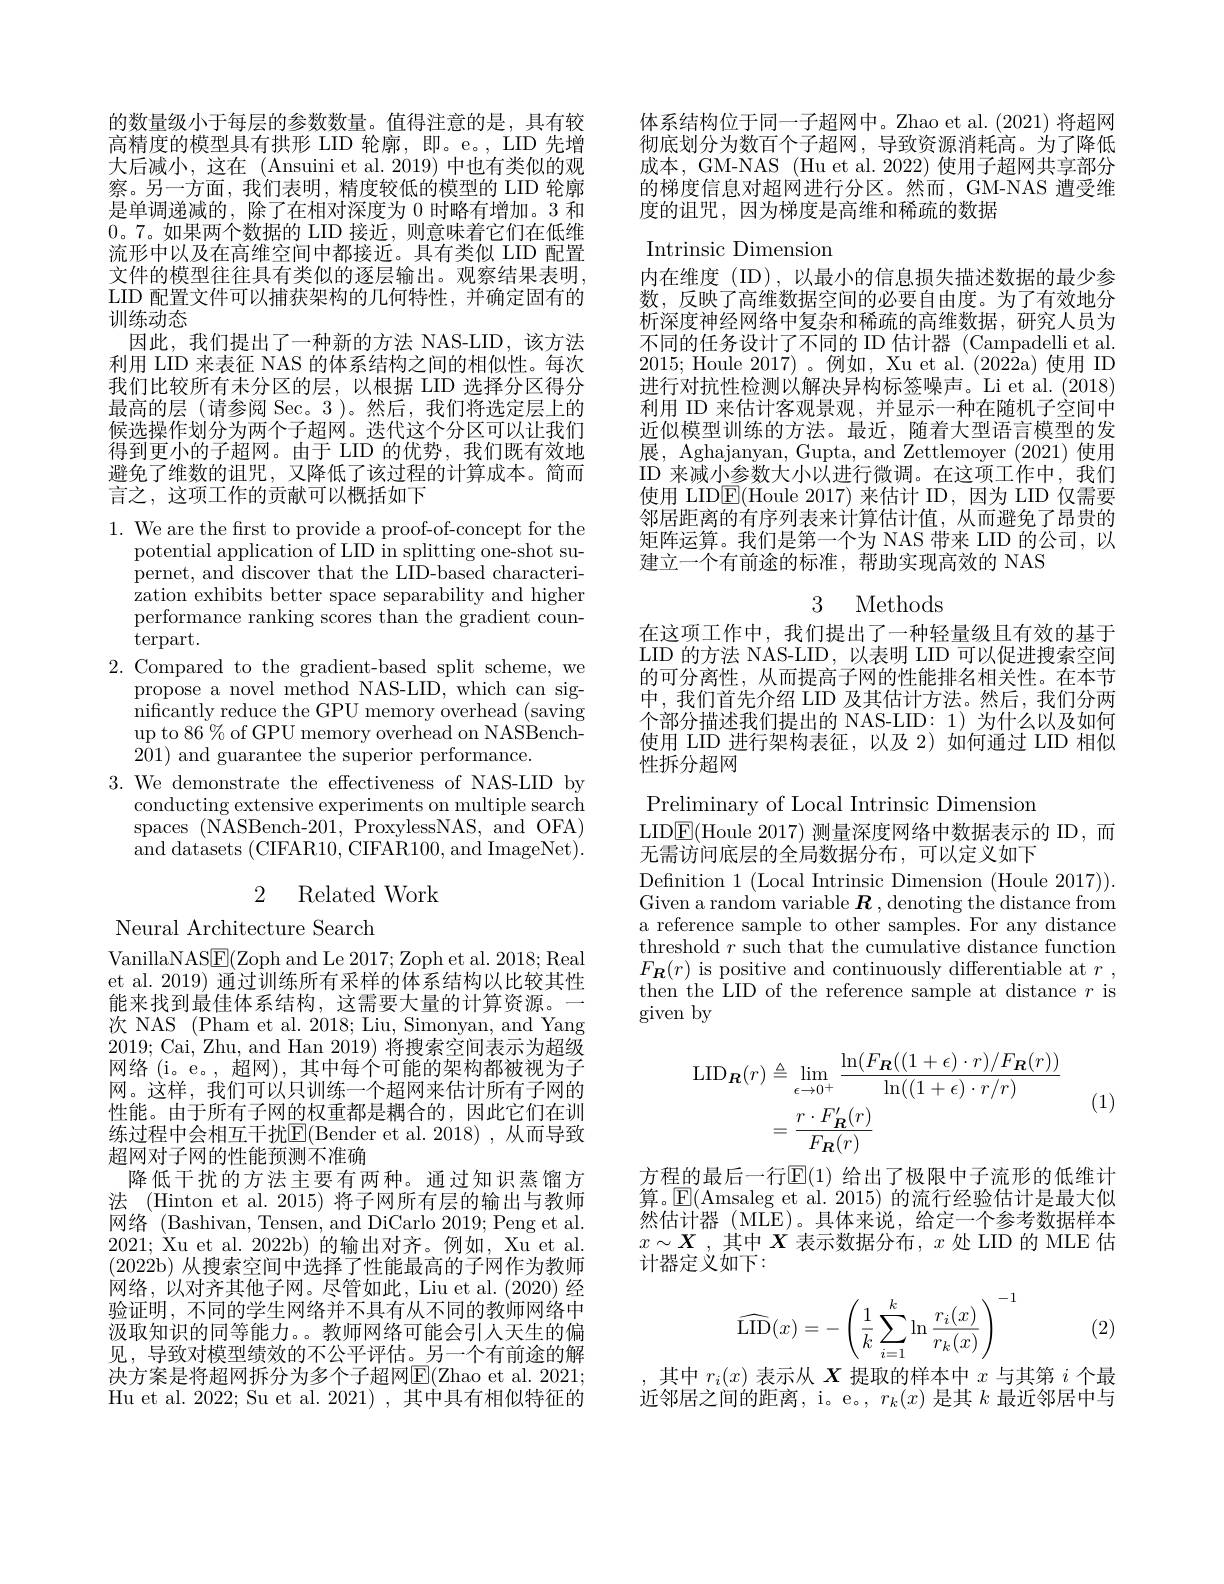
的数量级小于每层的参数数量。值得注意的是，具有较高精度的模型具有拱形 LID 轮廓，即。e。, LID 先增大后减小，这在 (Ansuini et al.2019) 中也有类似的观察。另一方面，我们表明，精度较低的模型的 LID 轮廓是单调递减的，除了在相对深度为 0 时略有增加。3 和0。7。如果两个数据的 LID 接近，则意味着它们在低维流形中以及在高维空间中都接近。具有类似 LID 配置文件的模型往往具有类似的逐层输出。观察结果表明， LID 配置文件可以捕获架构的几何特性，并确定固有的训练动态
因此，我们提出了一种新的方法 NAS-LID,该方法利用 LID 来表征 NAS 的体系结构之间的相似性。每次我们比较所有未分区的层，以根据 LID 选择分区得分最高的层 (请参阅 Sec。3 )。然后，我们将选定层上的候选操作划分为两个子超网。迭代这个分区可以让我们得到更小的子超网。由于 LID 的优势，我们既有效地避免了维数的诅咒，又降低了该过程的计算成本。简而言之，这项工作的贡献可以概括如下

1. We are the first to provide a proof-of-concept for the
potential application of LID in splitting one-shot supernet, and discover that the LID-based characterization exhibits better space separability and higher performance ranking scores than the gradient counterpart.
2. Compared to the gradient-based split scheme, we
propose a novel method NAS-LID, which can significantly reduce the GPU memory overhead (saving up to 86$\%$of GPU memory overhead on NASBench- 201) and guarantee the superior performance.
3. We demonstrate the effectiveness of NAS-LID by
conducting extensive experiments on multiple search spaces (NASBench-201,ProxylessNAS,andOFA) and datasets (CIFAR10, CIFAR100, and ImageNet).

## 2 Related Work

Neural Architecture Search

VanillaNAS$\underline{\mathrm{E}}($Zoph and Le 2017; Zoph et al. 2018; Real et al. 2019) 通过训练所有采样的体系结构以比较其性能来找到最佳体系结构，这需要大量的计算资源。
次 NAS (Pham et al. 2018; Liu, Simonyan, and Yang 2019; Cai, Zhu, and Han 2019) 将搜索空间表示为超级网络(i。e。, 超网), 其中每个可能的架构都被视为子网。这样，我们可以只训练一个超网来估计所有子网的性能。由于所有子网的权重都是耦合的，因此它们在训练过程中会相互干扰$\overline{\mathbb{E}}($Bender et al.2018),从而导致超网对子网的性能预测不准确
降低干扰的方法主要有两种。通过知识蒸馏方法 (Hinton et al. 2015) 将子网所有层的输出与教师网络 (Bashivan, Tensen, and DiCarlo 2019; Peng et al. 2021; Xu et al. 2022b)的输出对齐。例如，Xu et al. (2022b) 从搜索空间中选择了性能最高的子网作为教师网络，以对齐其他子网。尽管如此，Liu et al.(2020) 经验证明，不同的学生网络并不具有从不同的教师网络中汲取知识的同等能力。。教师网络可能会引人天生的偏见，导致对模型绩效的不公平评估。另一个有前途的解决方案是将超网拆分为多个子超网E(Zhao et al. 2021; Hu et al. 2022; Su et al. 2021), 其中具有相似特征的

体系结构位于同一子超网中。Zhao et al.(2021)将超网彻底划分为数百个子超网，导致资源消耗高。为了降低成本，GM-NAS (Hu et al. 2022) 使用子超网共享部分的梯度信息对超网进行分区。然而，GM-NAS 遭受维度的诅咒，因为梯度是高维和稀疏的数据

Intrinsic Dimension
内在维度(ID),以最小的信息损失描述数据的最少参数，反映了高维数据空间的必要自由度。为了有效地分析深度神经网络中复杂和稀疏的高维数据，研究人员为不同的任务设计了不同的 ID 估计器 (Campadelli et al. 2015; Houle 2017) 。例如，Xu et al.(2022a)使用 ID 进行对抗性检测以解决异构标签噪声。Li et al. (2018) 利用 ID 来估计客观景观，并显示一种在随机子空间中近似模型训练的方法。最近，随着大型语言模型的发展，Aghajanyan, Gupta, and Zettlemoyer (2021)使用ID 来减小参数大小以进行微调。在这项工作中，我们使用 LID$\boxed{\mathrm{F}}($Houle 2017)来估计 ID,因为 LID 仅需要邻居距离的有序列表来计算估计值，从而避免了昂贵的矩阵运算。我们是第一个为 NAS 带来 LID 的公司，以建立一个有前途的标准，帮助实现高效的 NAS

3 Methods

在这项工作中，我们提出了一种轻量级且有效的基于LID 的方法 NAS-LID, 以表明 LID 可以促进搜索空间的可分离性，从而提高子网的性能排名相关性。在本节中，我们首先介绍 LID 及其估计方法。然后，我们分两个部分描述我们提出的 NAS-LID: 1)为什么以及如何使用 LID 进行架构表征，以及 2)如何通过 LID 相似性拆分超网

Preliminary of Local Intrinsic Dimension

LID$\boxed{\mathrm{E}}($Houle 2017)测量深度网络中数据表示的 ID,而
无需访问底层的全局数据分布，可以定义如下
Defnition 1 (Local Intrinsic Dimension (Houle 2017)). Given a random variable $\boldsymbol R$,denoting the distance from a reference sample to other samples. For any distance threshold $r$ such that the cumulative distance function $F_{\boldsymbol{R}}(r)$ is positive and continuously differentiable at $r$, then the LID of the reference sample at distance $r$ is given by
$$\begin{aligned}\mathrm{LID}_{\boldsymbol{R}}(r)&\triangleq\lim_{\epsilon\to0^{+}}\frac{\ln(F_{\boldsymbol{R}}((1+\epsilon)\cdot r)/F_{\boldsymbol{R}}(r))}{\ln((1+\epsilon)\cdot r/r)}\\&=\frac{r\cdot F_{\boldsymbol{R}}^{\prime}(r)}{F_{\boldsymbol{R}}(r)}\end{aligned}$$
(1)

方程的最后一行$\overline{\mathrm{E}}(1)$ 给出了极限中子流形的低维计算。$\operatorname{E}($Amsaleg et al. 2015) 的流行经验估计是最大似然估计器 (MLE)。具体来说，给定一个参考数据样本$x\sim\boldsymbol{X}$ ,其中$X$表示数据分布，$x$处 LID 的 MLE 估计器定义如下：
$$\widehat{\mathrm{LID}}(x)=-\left(\frac{1}{k}\sum_{i=1}^{k}\ln\frac{r_i(x)}{r_k(x)}\right)^{-1}$$
(2)

其中$r_i(x)$表示从$X$提取的样本中$x$与其第$i$个最近邻居之间的距离，i。e。, $r_k(x)$是其$k$最近邻居中与